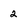
Character: 2